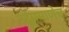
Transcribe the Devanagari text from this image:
उर्दूप्रमाणेच